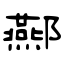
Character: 酀